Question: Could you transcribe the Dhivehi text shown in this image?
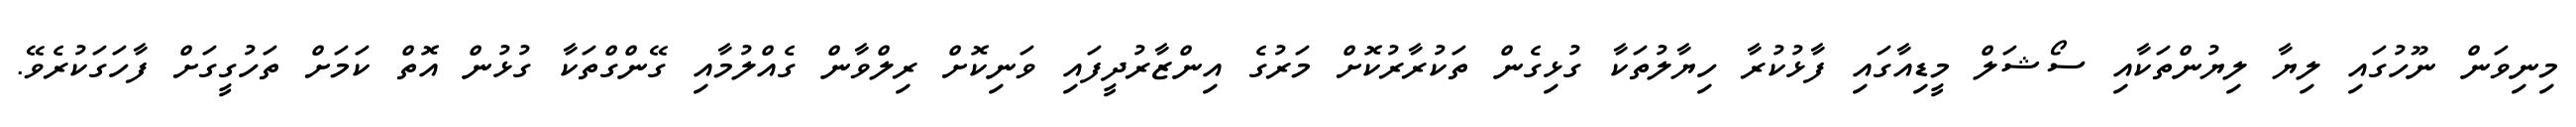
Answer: މިނިވަން ނޫހުގައި ލިޔާ ލިޔުންތަކާއި ސޯޝަލް މީޑިއާގައި ފާޅުކުރާ ހިޔާލުތަކާ ގުޅިގެން ތަކުރާރުކޮށް މަރުގެ އިންޒާރުދީފައި ވަނިކޮށް ރިލްވާން ގެއްލުމާއި ގޭންގްތަކާ ގުޅުން އޮތް ކަމަށް ތަހުގީގަށް ފާހަގަކުރެވޭ.